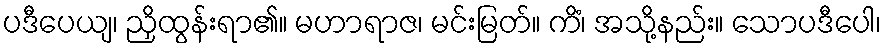
ပဒီပေယျ၊ ညှိထွန်းရာ၏။ မဟာရာဇ၊ မင်းမြတ်။ ကိံ၊ အသို့နည်း။ သောပဒီပေါ၊